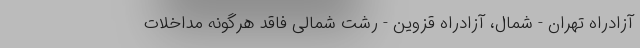
آزادراه تهران - شمال، آزادراه قزوین - رشت شمالی فاقد هرگونه مداخلات